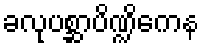
ခလုပစ္ဆာပိဏ္ဍိကေန